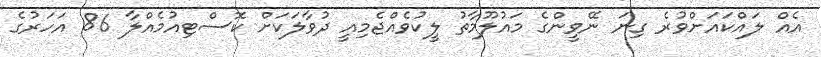
އެއް ލައްކައަށްވުރެ ގިނަ ނޭވީންގެ މައުލޫމާތު ލީކުވެއްޖެމިއީ ދުވާލަކަށް ކޮސްޓިއުމެއްލާ 86 އަހަރުގެ